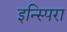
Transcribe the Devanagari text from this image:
इन्स्पिरा